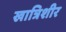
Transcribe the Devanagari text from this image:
खात्रिशीर